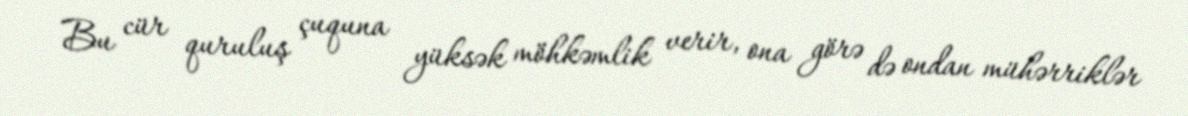
Bu cür quruluş çuquna yüksək möhkəmlik verir, ona görə də ondan mühərriklər